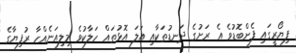
ފިޔޯރީގައި ފެންބޮޑުވެ އެ ރަށުގެ ދަނޑުތަކާއި އަލަ އޮޅުތައް ހަލާކުވެ މިލިއަނެއްހާ ރުފިޔާގެ